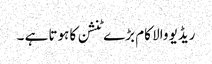
ریڈیو والا کام بڑے ٹنشن کا ہوتا ہے ۔